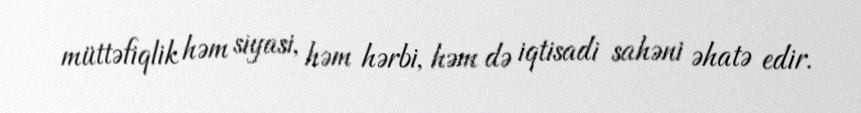
müttəfiqlik həm siyasi, həm hərbi, həm də iqtisadi sahəni əhatə edir.